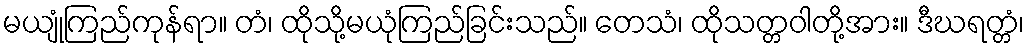
မယျုံကြည်ကုန်ရာ။ တံ၊ ထိုသို့မယုံကြည်ခြင်းသည်။ တေသံ၊ ထိုသတ္တဝါတို့အား။ ဒီဃရတ္တံ၊